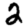
Digit: 2